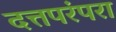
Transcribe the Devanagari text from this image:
दत्तपरंपरा